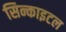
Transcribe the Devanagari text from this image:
सिन्काइटल